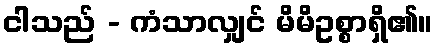
ငါသည် - ကံသာလျှင် မိမိဥစ္စာရှိ၏။